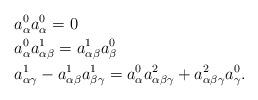
LaTeX: \begin{align*}&a_\alpha^0 a_\alpha^0 = 0 \\&a_\alpha^0 a_{\alpha \beta}^1 = a_{\alpha \beta}^1 a_\beta^0 \\&a_{\alpha \gamma}^1 - a_{\alpha \beta}^1 a_{\beta \gamma}^1 =a_\alpha^0 a_{\alpha \beta \gamma}^2 + a_{\alpha \beta \gamma}^2 a_\gamma^0 .\end{align*}